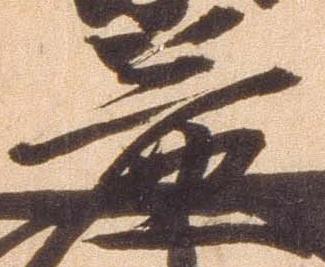
益